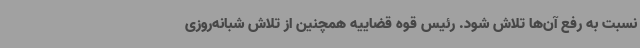
نسبت به رفع آن‌ها تلاش شود. رئیس قوه قضاییه همچنین از تلاش شبانه‌روزی